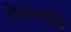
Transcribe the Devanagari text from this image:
देश्भक्ति